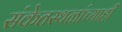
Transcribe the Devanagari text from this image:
संकेतस्थळांच्याही